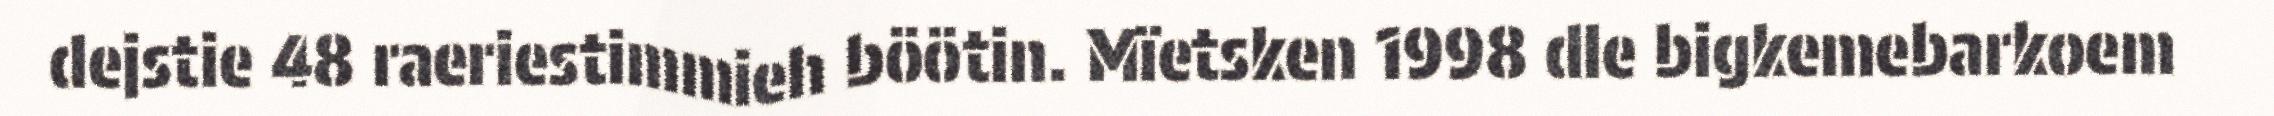
dejstie 48 raeriestimmieh böötin. Mïetsken 1998 dle bigkemebarkoem